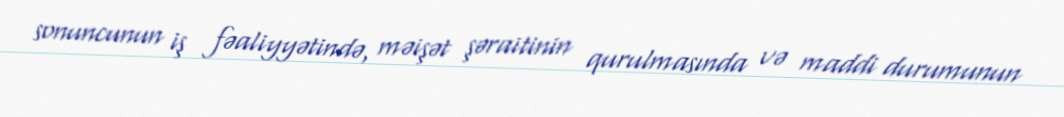
sonuncunun iş fəaliyyətində, məişət şəraitinin qurulmasında və maddi durumunun